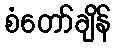
စံတော်ချိန်